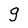
Character: g